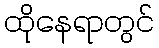
ထိုနေရာတွင်